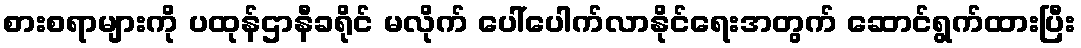
စားစရာများကို ပထုန်ဌာနီခရိုင် မလိုက် ပေါ်ပေါက်လာနိုင်ရေးအတွက် ဆောင်ရွက်ထားပြီး